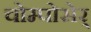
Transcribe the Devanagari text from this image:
चोम्पोसेर्